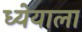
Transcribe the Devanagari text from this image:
ध्येयाला